Indian journal of veterinary science and animal husbandry - Volume 5,
Year: 1935
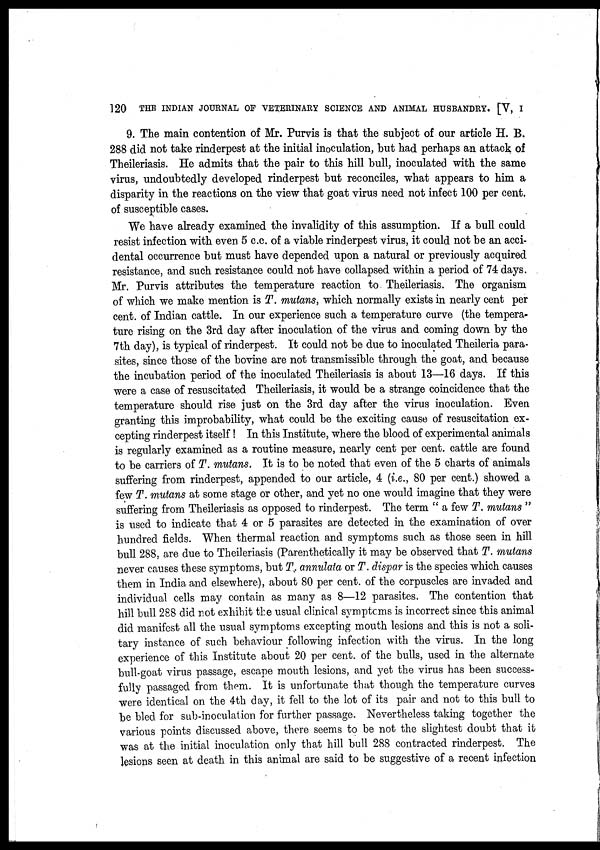
120
THE INDIAN JOURNAL OF VETERINARY SCIENCE AND ANIMAL HUSBANDRY. [V, I
9. The main contention of Mr. Purvis is that the subject of our article H. B.
288 did not take rinderpest at the initial inoculation, but had perhaps an attack of
Theileriasis. He admits that the pair to this hill bull, inoculated with the same
virus, undoubtedly developed rinderpest but reconciles, what appears to him a
disparity in the reactions on the view that goat virus need not infect 100 per cent.
of susceptible cases.
We have already examined the invalidity of this assumption. If a bull could
resist infection with even 5 c.c. of a viable rinderpest virus, it could not be an acci-
dental occurrence but must have depended upon a natural or previously acquired
resistance, and such resistance could not have collapsed within a period of 74 days.
Mr. Purvis attributes the temperature reaction to Theileriasis. The organism
of which we make mention is T. mutans, which normally exists in nearly cent per
cent. of Indian cattle. In our experience such a temperature curve (the tempera-
ture rising on the 3rd day after inoculation of the virus and coming down by the
7th day), is typical of rinderpest. It could not be due to inoculated Theileria para-
sites, since those of the bovine are not transmissible through the goat, and because
the incubation period of the inoculated Theileriasis is about 13—16 days. If this
were a case of resuscitated Theileriasis, it would be a strange coincidence that the
temperature should rise just on the 3rd day after the virus inoculation. Even
granting this improbability, what could be the exciting cause of resuscitation ex-
cepting rinderpest itself ! In this Institute, where the blood of experimental animals
is regularly examined as a routine measure, nearly cent per cent. cattle are found
to be carriers of T. mutans. It is to be noted that even of the 5 charts of animals
suffering from rinderpest, appended to our article, 4 (i.e., 80 per cent.) showed a
few T. mutans at some stage or other, and yet no one would imagine that they were
suffering from Theileriasis as opposed to rinderpest. The term " a few T. mutans "
is used to indicate that 4 or 5 parasites are detected in the examination of over
hundred fields. When thermal reaction and symptoms such as those seen in hill
bull 288, are due to Theileriasis (Parenthetically it may be observed that T. mutans
never causes these symptoms, but T. annulata or T. dispar is the species which causes
them in India and elsewhere), about 80 per cent. of the corpuscles are invaded and
individual cells may contain as many as 8—12 parasites. The contention that
hill bull 288 did not exhibit the usual clinical symptoms is incorrect since this animal
did manifest all the usual symptoms excepting mouth lesions and this is not a soli-
tary instance of such behaviour following infection with the virus. In the long
experience of this Institute about 20 per cent. of the bulls, used in the alternate
bull-goat virus passage, escape mouth lesions, and yet the virus has been success-
fully passaged from them. It is unfortunate that though the temperature curves
were identical on the 4th day, it fell to the lot of its pair and not to this bull to
be bled for sub-inoculation for further passage. Nevertheless taking together the
various points discussed above, there seems to be not the slightest doubt that it
was at the initial inoculation only that hill bull 288 contracted rinderpest. The
lesions seen at death in this animal are said to be suggestive of a recent infection